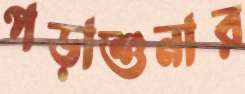
পড়াশুনার